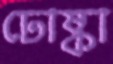
ঢোষ্কা